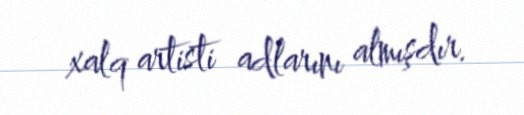
xalq artisti adlarını almışdır.